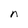
Character: n